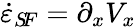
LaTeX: \dot{\varepsilon}_{S\! F}=\partial_{x}V_{x}